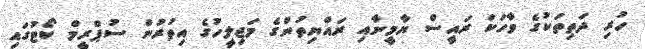
ހުރި ދަތިތަކުގެ ވާހަކަ ރައީސް ޔާމީނާއި ރައްޔިތުންގެ މަޖިލީހުގެ އިތުރުން ސުޕްރީމް ކޯޓުގައި